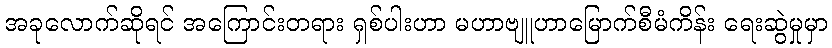
အခုလောက်ဆိုရင် အကြောင်းတရား ရှစ်ပါးဟာ မဟာဗျူဟာမြောက်စီမံကိန်း ရေးဆွဲမှုမှာ